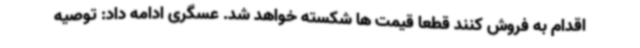
اقدام به فروش کنند قطعا قیمت ها شکسته خواهد شد. عسگری ادامه داد: توصیه